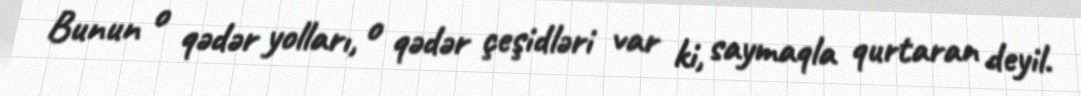
Bunun o qədər yolları, o qədər çeşidləri var ki, saymaqla qurtaran deyil.